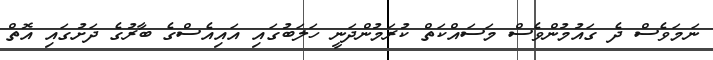
ނަމަވެސް ދެ ގައުމުންވެސް މަސައްކަތް ކުރަމުންދަނީ ހަލަބުގައި އައިއެސްގެ ބާރުގެ ދަށުގައި އޮތް